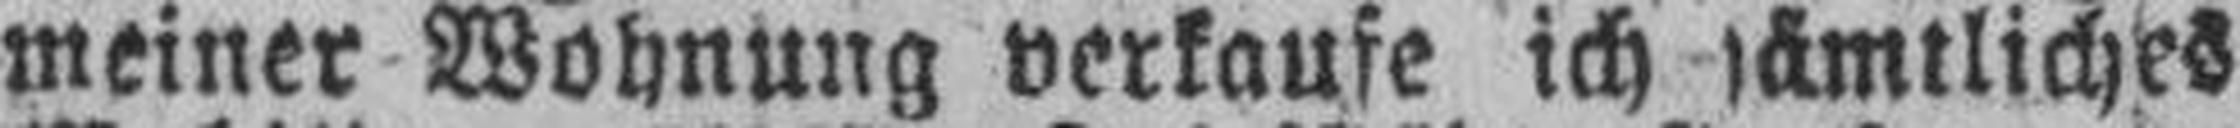
meiner Wohnung verkaufe ich sämtliches